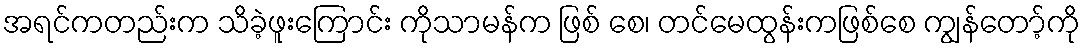
အရင်ကတည်းက သိခဲ့ဖူးကြောင်း ကိုသာမန်က ဖြစ် စေ၊ တင်မေထွန်းကဖြစ်စေ ကျွန်တော့်ကို